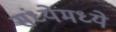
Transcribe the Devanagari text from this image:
संध्येमध्ये